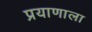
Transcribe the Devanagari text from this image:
प्रयाणाला